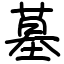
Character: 墓